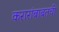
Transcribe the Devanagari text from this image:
करारांबाबतची